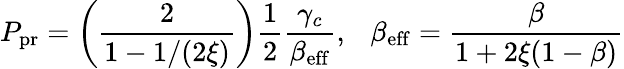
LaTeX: P_{\mathrm{pr}}=\left(\frac{2}{1-1/(2\xi)}\right)\frac{1}{2}\frac{\gamma_{c}}{\beta_{\mathrm{eff}}},\ \ \ \beta_{\mathrm{eff}}=\frac{\beta}{1+2\xi(1-\beta)}